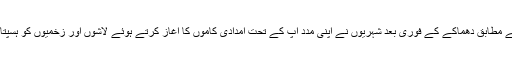
ڈان نیوز کے مطابق دھماکے کے فوری بعد شہریوں نے اپنی مدد آپ کے تحت امدادی کاموں کا آغاز کرتے ہوئے لاشوں اور زخمیوں کو ہسپتال منتقل کیا۔